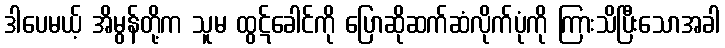
ဒါပေမယ့် အိမွန်တို့က သူမ ထွဋ်ခေါင်ကို ပြောဆိုဆက်ဆံလိုက်ပုံကို ကြားသိပြီးသောအခါ